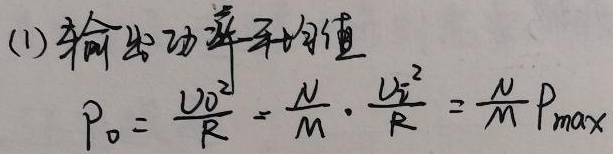
(1) 输出功率平均值
\[
P_0 = \frac{U_0^{2}}{R} = \frac{N}{M} \cdot \frac{U_{i}^{2}}{R} = \frac{N}{M}P_{max}
\]